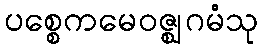
ပစ္စေကမေဝဇ္ဈဂမံသု